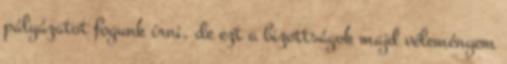
pályázatot fogunk írni, de ezt a bizottságok majd véleményem